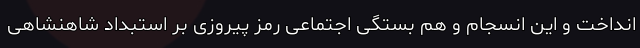
انداخت و این انسجام و هم بستگی اجتماعی رمز پیروزی بر استبداد شاهنشاهی